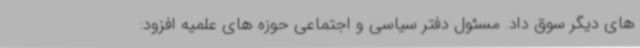
های دیگر سوق داد. مسئول دفتر سیاسی و اجتماعی حوزه های علمیه افزود: